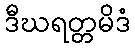
ဒီဃရတ္တမိဒံ